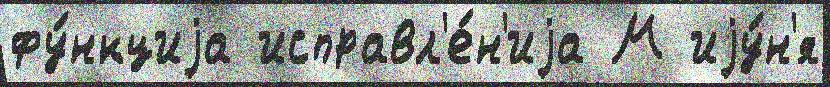
фу́нкциjа исправл'е́н'иjа М иjу́н'я